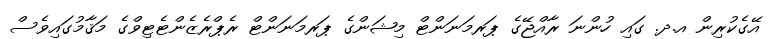
އޭގެކުރިން އ.ދ. ގައި ހުންނަ ރާއްޖޭގެ ޕަރމަނަންޓް މިޝަންގެ ޕަރމަނަންޓް ރެޕްރެޒެންޓެޓިވްގެ މަޤާމުގައިވެސް